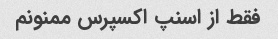
فقط از اسنپ اکسپرس ممنونم